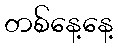
တစ်နေ့နေ့